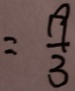
= \frac { 1 9 } { 3 }